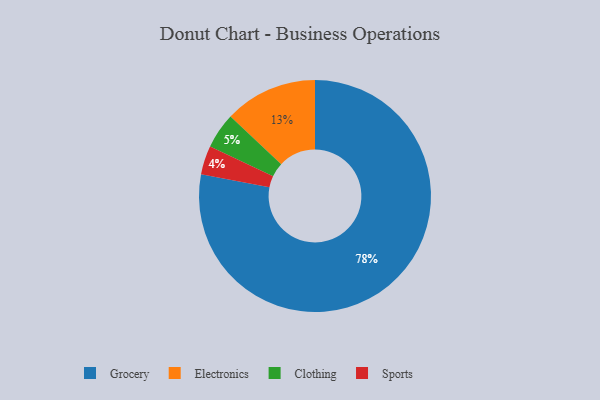
{"axis": {"x": "Category", "y": "Percentage"}, "legend": ["Clothing", "Electronics", "Grocery", "Sports"], "data": [{"x": "Clothing", "y": 5, "type": "Clothing"}, {"x": "Electronics", "y": 13, "type": "Electronics"}, {"x": "Grocery", "y": 78, "type": "Grocery"}, {"x": "Sports", "y": 4, "type": "Sports"}]}